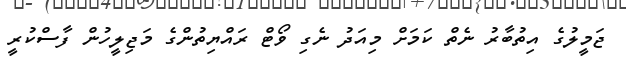
ޖަމީލުގެ އިތުބާރު ނެތް ކަމަށް މިއަދު ނެގި ވޯޓް ރައްޔިތުންގެ މަޖިލީހުން ފާސްކުރީ